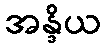
အန္ဒိယ